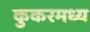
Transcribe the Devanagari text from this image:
कुकरमध्य